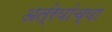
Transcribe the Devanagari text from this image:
अत्रेयांच्या